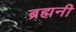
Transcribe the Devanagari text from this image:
ब्रह्मनी